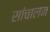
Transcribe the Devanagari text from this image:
सांचालन